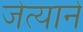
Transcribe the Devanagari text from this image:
जेत्याने